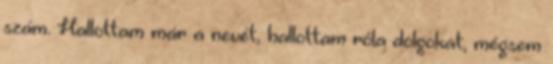
szám. Hallottam már a nevét, hallottam róla dolgokat, mégsem